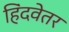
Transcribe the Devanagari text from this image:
हिंदवेतर